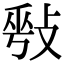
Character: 𢽥